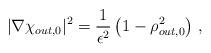
LaTeX: \begin{align*} |\nabla\chi_{out,0}|^2 = \frac{1}{\epsilon^2}\left(1 - \rho_{out,0}^2\right)\,,\end{align*}